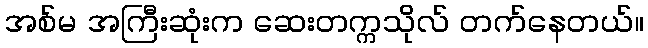
အစ်မ အကြီးဆုံးက ဆေးတက္ကသိုလ် တက်နေတယ်။